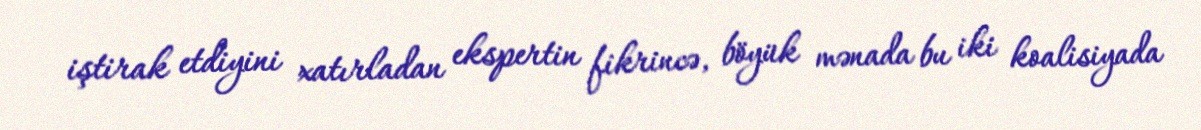
iştirak etdiyini xatırladan ekspertin fikrincə, böyük mənada bu iki koalisiyada